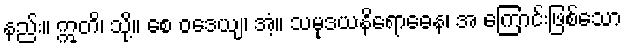
နည်း။ ဣတိ၊ သို့။ စေ ဝဒေယျ၊ အံ့။ သမုဒယနိရောဓေန၊ အ ကြောင်းဖြစ်သော